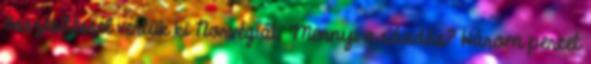
összesítéssel vertük ki Norvégiát. Mennyi a ráadás? Három percet